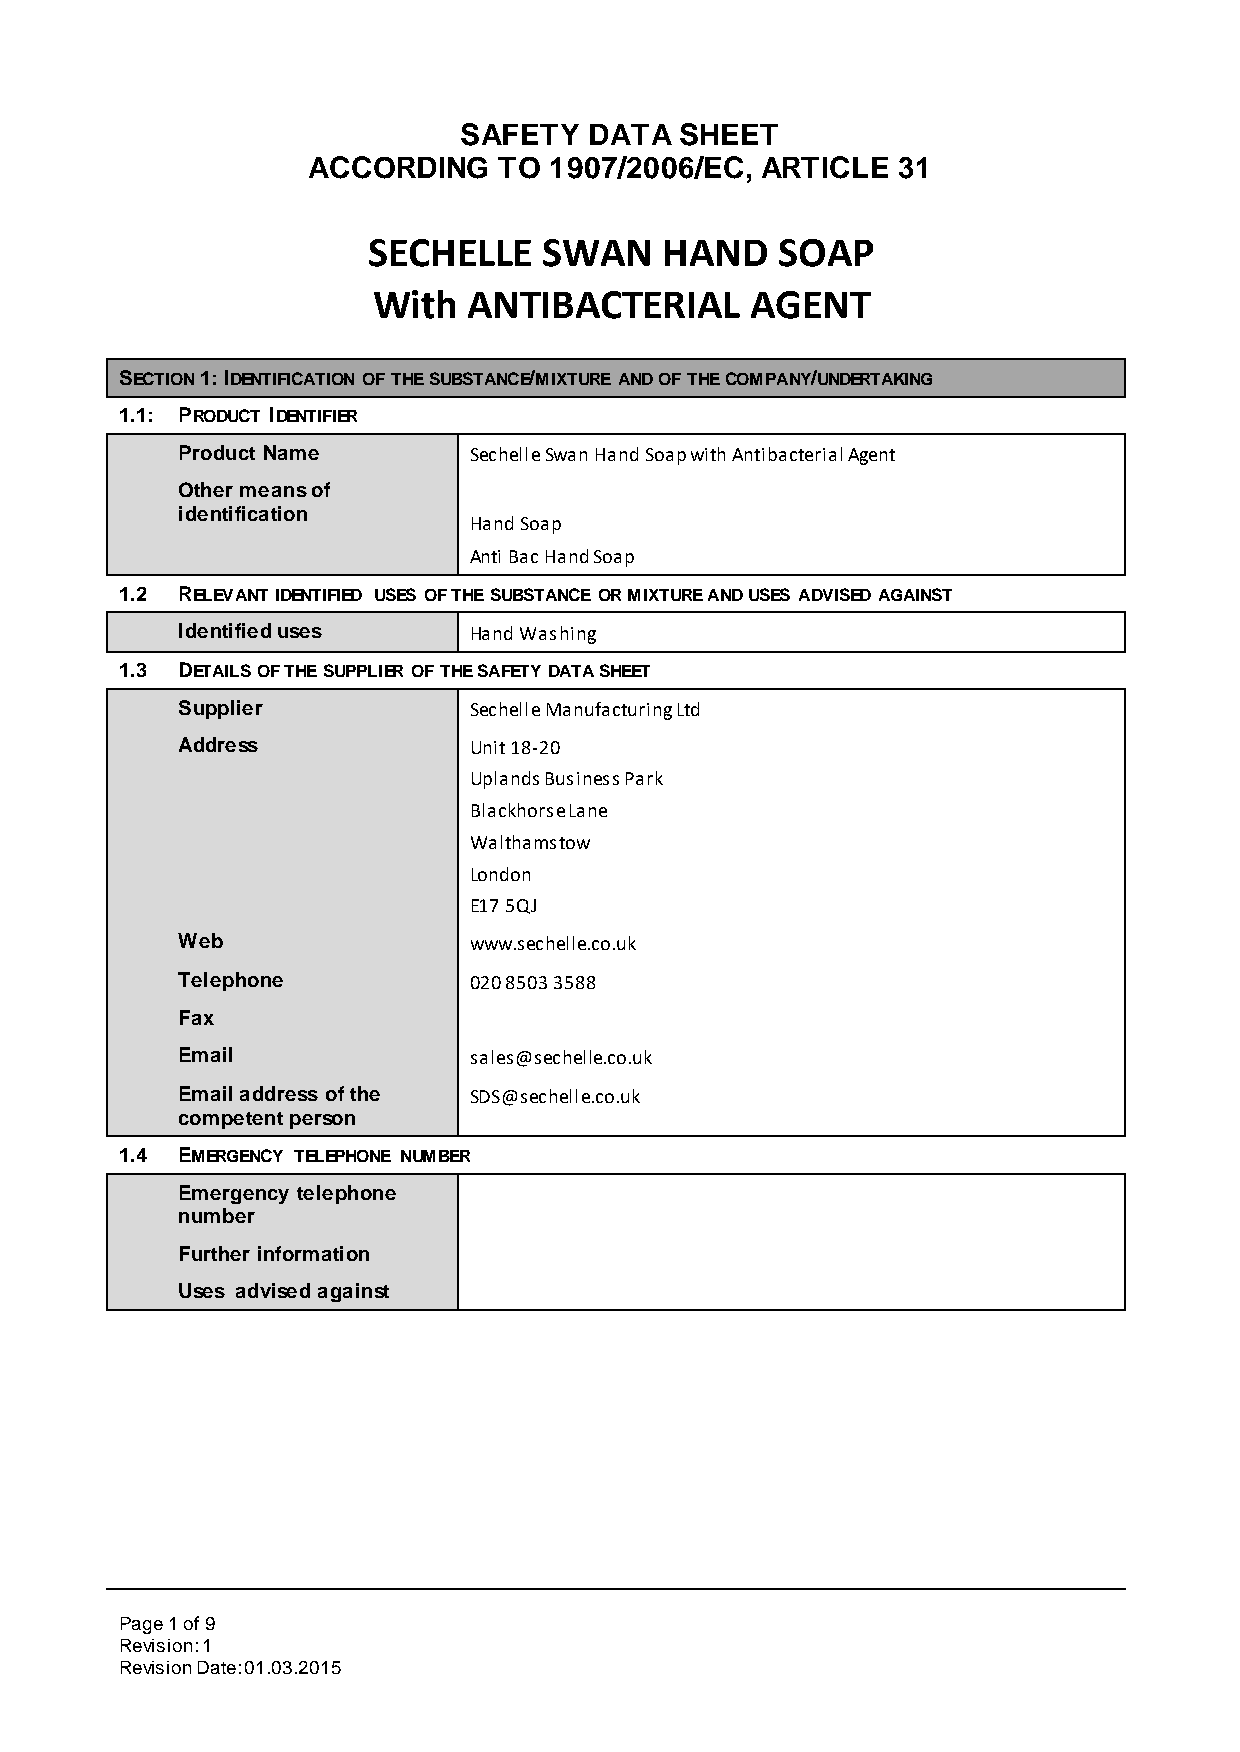
SAFETY   DATA  SHEET
 ACCORDING    TO 1907/2006/EC, ARTICLE  31
 SECHELLE    SWAN    HAND   SOAP
 With  ANTIBACTERIAL      AGENT
 SECTION 1: IDENTIFICATION OF THE SUBSTANCE/MIXTURE AND OF THE COMPANY/UNDERTAKING
 1.1: PRODUCT IDENTIFIER
 Product Name       Sechelle Swan Hand Soap with Antibacterial Agent
 Other means of
 identification
 Hand Soap
 Anti Bac Hand Soap
 1.2 RELEVANT IDENTIFIED USES OF THE SUBSTANCE OR MIXTURE AND USES ADVISED AGAINST
 Identified uses    Hand Washing
 1.3 DETAILS OF THE SUPPLIER OF THE SAFETY DATA SHEET
 Supplier           Sechelle Manufacturing Ltd
 Address            Unit 18-20
 Uplands Business Park
 Blackhorse Lane
 Walthamstow
 London
 E17 5QJ
 Web                www.sechelle.co.uk
 Telephone          020 8503 3588
 Fax
 Email              sales@sechelle.co.uk
 Email address of the SDS@sechelle.co.uk
 competent person
 1.4 EMERGENCY TELEPHONE NUMBER
 Emergency telephone
 number
 Further information
 Uses advised against
 Page 1 of 9
 Revision: 1
 Revision Date: 01.03.2015